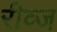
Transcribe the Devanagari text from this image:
रीव्ज